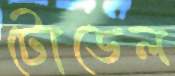
টোডেল